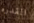
القدره